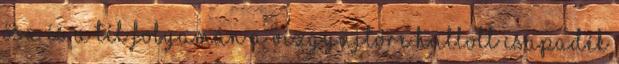
ősz és a tél folyamán a vízgyűjtőre hullott csapadék